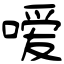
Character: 嗳